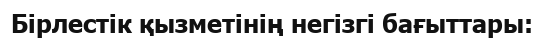
Бірлестік қызметінің негізгі бағыттары: